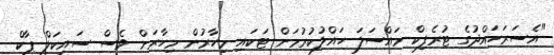
"އެސަރަހައްދުގެ ޓުރެފިކް މައްސަލަ ހައްލުކުރުމަށް ޓަކައި މިހާރުން މިހާރަށް ވެސް ސައިކަލް ޕާކް